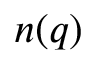
n ( q )